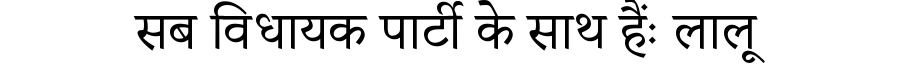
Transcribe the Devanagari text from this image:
सब विधायक पार्टी के साथ हैंः लालू